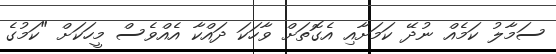
ސަމާލު ކަމެއް ނުދޭ ކަމަށާއި އެގޮތަށް ވާހަކަ ދައްކާ އެއްވެސް މީހަކަށް "ކަމުގެ